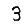
Digit: 3